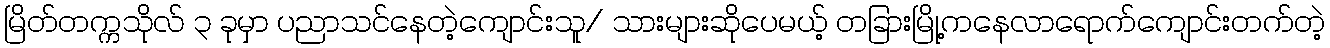
မြိတ်တက္ကသိုလ် ၃ ခုမှာ ပညာသင်နေတဲ့ကျောင်းသူ/ သားများဆိုပေမယ့် တခြားမြို့ကနေလာရောက်ကျောင်းတက်တဲ့